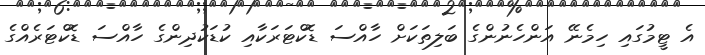
އެ ޓީމުގައި ހިމެނޭ އަންހެނުންގެ ބަލިތަކަށް ހާއްސަ ޑޮކްޓަރަކާއި ކުޑަކުދިންގެ ހާއްސަ ޑޮކްޓަރެއްގެ